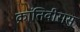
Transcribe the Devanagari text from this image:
क्रांतिवीरास